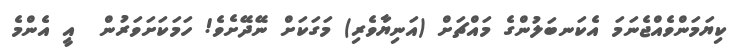
ކިޔަމަންވެއްޖެނަމަ އެކަނބަލުންގެ މައްޗަށް (އަނިޔާވެރި) މަގަކަށް ނޭދޭށެވެ! ހަމަކަށަވަރުން  އީ އެންމެ